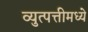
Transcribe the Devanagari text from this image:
व्युत्पत्तीमध्ये